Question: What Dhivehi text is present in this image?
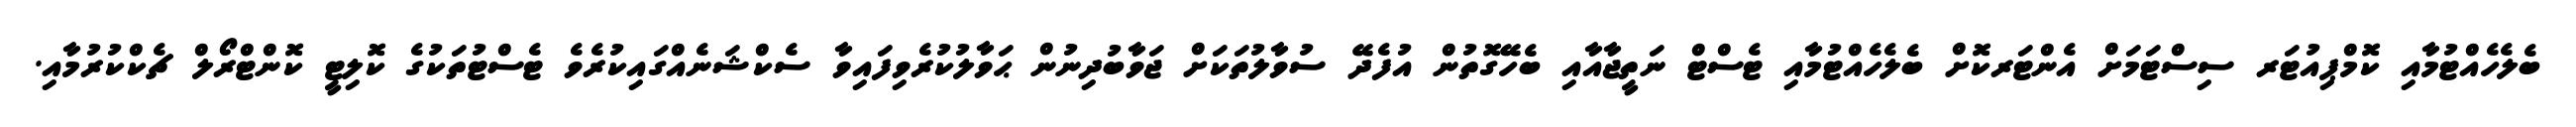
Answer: ބެލެހެއްޓުމާއި ކޮމްޕިއުޓަރ ސިސްޓަމަށް އެންޓަރކޮށް ބެލެހެއްޓުމާއި ޓެސްޓް ނަތީޖާއާއި ބެހޭގޮތުން އުފެދޭ ސުވާލުތަކަށް ޖަވާބުދިނުން ޙަވާލުކުރެވިފައިވާ ސެކްޝަނެއްގައިކުރެވެ ޓެސްޓުތަކުގެ ކޮލިޓީ ކޮންޓްރޯލް ޗެކްކުރުމާއި.